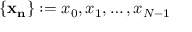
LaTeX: \left\{ \mathbf { x _ { n } } \right\} : = x _ { 0 } , x _ { 1 } , \ldots , x _ { N - 1 }